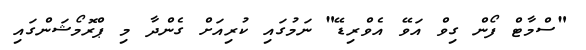
"ސްމާޓް ފޯން ގިވް އަވޭ އެވްރިޑޭ" ނަމުގައި ކުރިއަށް ގެންދާ މި ޕްރޮމޯޝަންގައި